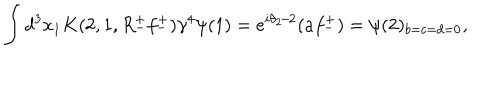
LaTeX: \int d ^ { 3 } x _ { 1 } K ( 2 , 1 , R _ { - } ^ { + } f _ { - } ^ { + } ) \gamma ^ { 4 } \psi ( 1 ) = e ^ { i \theta _ { 2 } / 2 } ( a f _ { - } ^ { + } ) = \psi ( 2 ) _ { b = c = d = 0 } ,